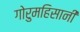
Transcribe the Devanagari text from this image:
गोरुमहिसानी